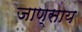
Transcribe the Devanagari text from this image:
जाण्साय